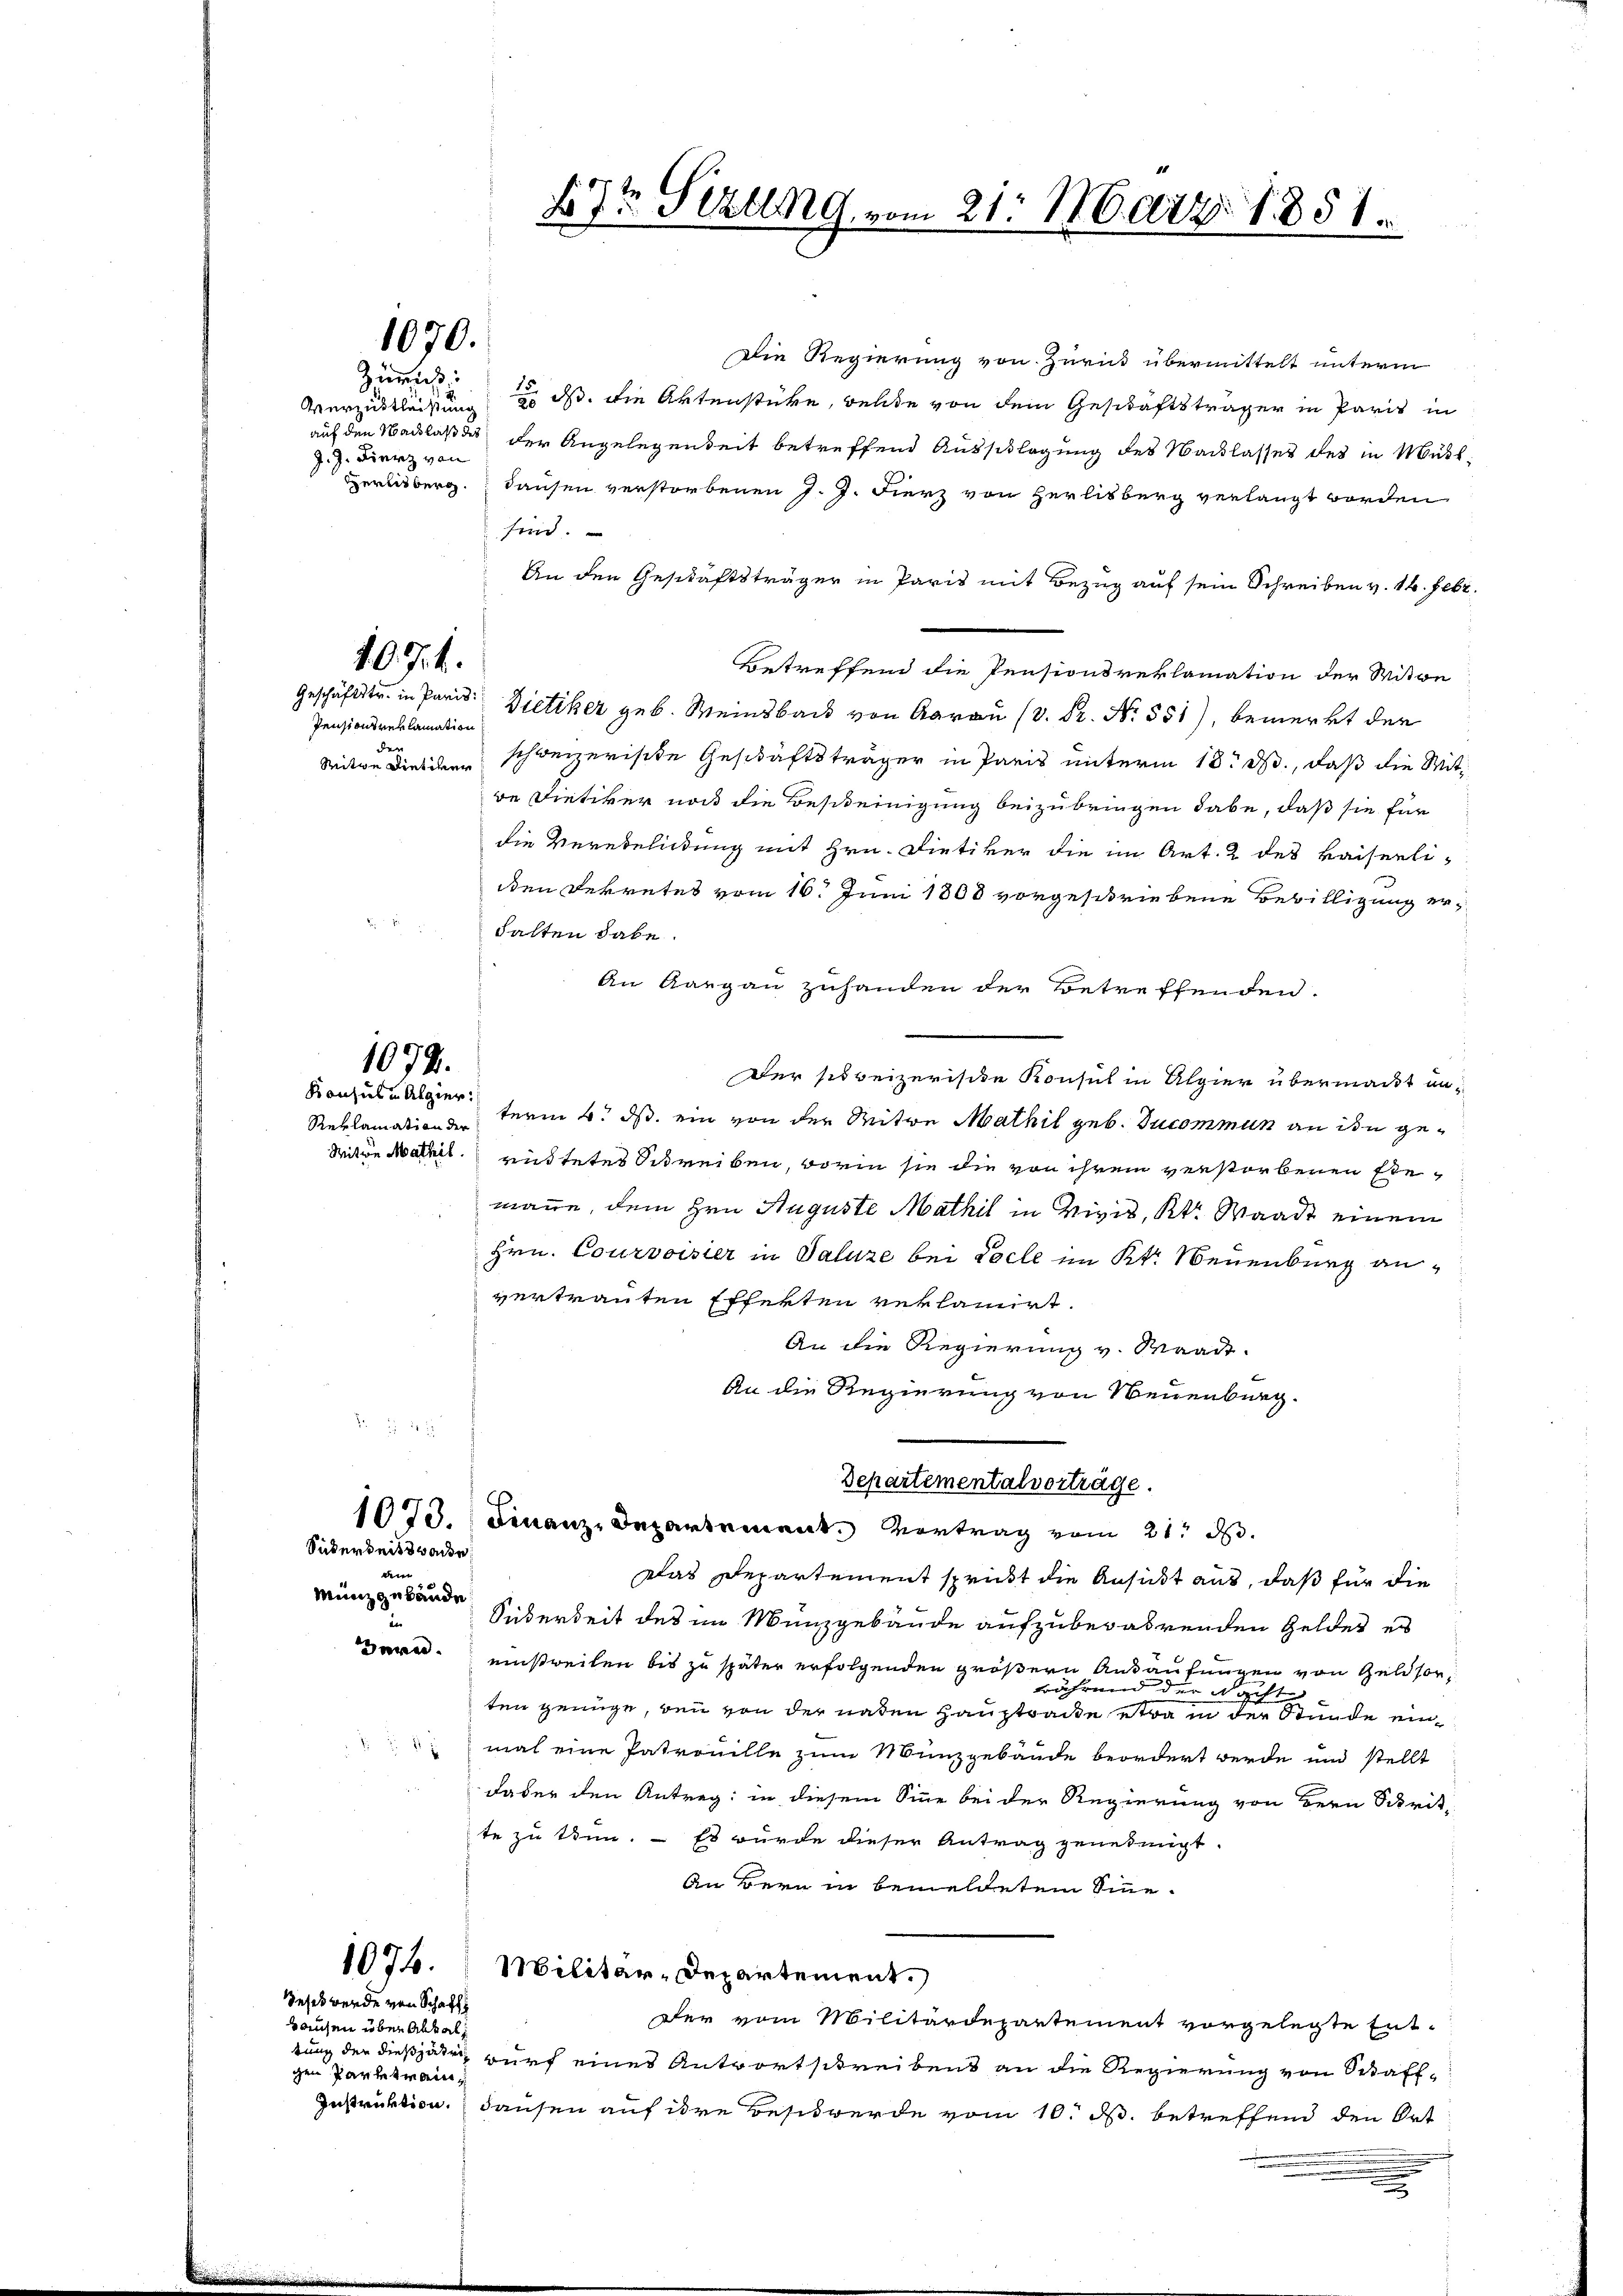
Zummis
auf den Nachlaß des
J. J. Fierz von

1070.

1074.

Pensionsreklamation
der
Seiten Dietwer

1074.
Konsula Algier

Mitwe Mathil.

Sickereitswache
d
Münz gebäude.

Die Regierung von Zurick übermittelt unterm
15.
Verzustleisung 20 ds. die Aktenstücke, welche von dem Geschäftsträger in Paris in
der Angelegenheit betreffend Ausschlagung des Nacklasses des in Must
eisberg Hausen verstorbenen J. J. Fierz von Herlisberg verlangt worden
find.
An den Geschäftsträger in Paris mit Bezug auf sein Schreiben v. 16. Febr.
Betreffend die Pensionsreklamation der Witwe
Geschäftstr. in Paris Dietiker geb. Weinsbach von G. P. Nr. 551), bemerkt der
schweizerische Geschäftsträger in Paris unterm 18t d., daß die Mitbe Dietiker nos die Bescheinigung beizubringen habe, daß sie für
die Verebeldung mit Hrn. Dietiker die im Art. 2 des kaiserlidden Dekretes vom 16. Juni 1808 vorgeschriebene Bewilligung erhalten dabe
An Aargau zuhanden der Betreffenden.
Der schweizeriste Konsul in Alpier übermacht un¬
Reklamation term 4. ds. ein von der Witwe Mathil geb. Sucommun an ihn gerüttetes Schreiben, worin sie die von ihrem verstorbenen Ele-
mane, dem Hrn. Auguste Mathil in Vivis, Kt. Waadt einem
Hrn. Courvoisier in Saluze bei Pocle im Kt. Neuenburg anvertrauten Effekten reklamirt.
An die Regierung v. Waadt.
An die Regierung von Neuenburg
2 x

Departementalvorträge.
1079. Finanz-Departement. Vortrag vom 21. d.

d 7te Sitzung vom 21. 16atz. 1851.
F

Das Departement sprickt die Ansicht aus, daß für die
Siderkeit des im Münzgebäude aufzubewahrenden Geldes es
Hern einstweilen bis zu später erfolgenden größern Ankaufungen von Geldsorwährend der Nacht
ten genüge, den von der naten Haustrecke etwa in der Stunde eini
mal eine Patrouille zum Münzgebäude beordert werde und stellt
Faber den Antrag: in diesem Sinne bei der Regierung von Bern Schrit-
te zu tun. - Es wurde dieser Antrag genehmigt.
An Bern in bemeldetem Sinne-
1076. Militär-Departement.
Geset werde von Schaft
Der vom Militärdepartement vorgelegte Ent-
Baugen über Abhal
tung der dießjähr, wurf eines Antwortschreibens an die Regierung von Saff-
gen Parte trau¬
Instruktion Hausen auf ihre Beschwerde vom 10. ds. betreffend den Ort
.